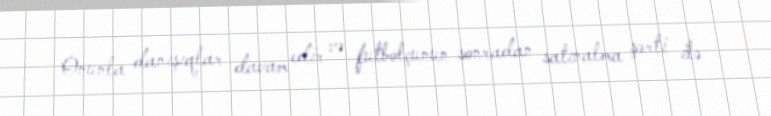
Onunla danışıqlar davam edir və futbolçunun sonradan satınalma şərti ilə